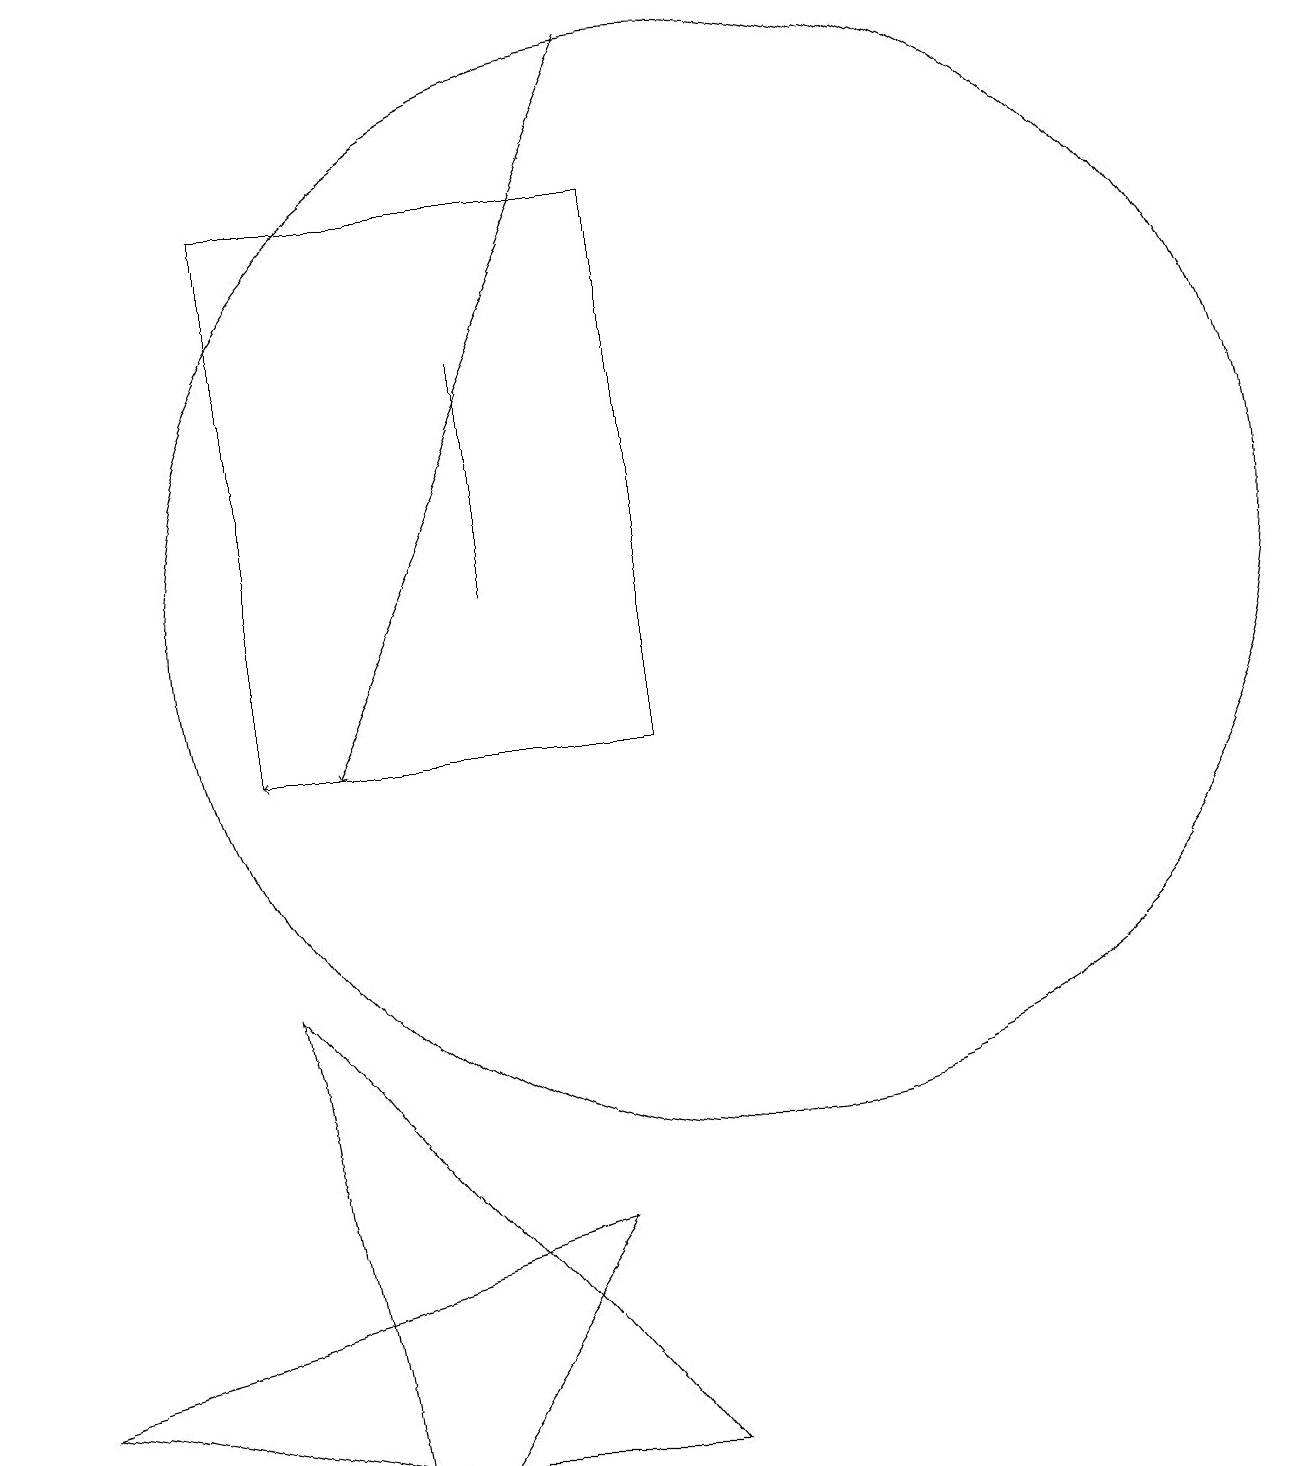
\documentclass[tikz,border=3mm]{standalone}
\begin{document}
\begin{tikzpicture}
\draw (10,12) circle (7);
\draw[->] (5,10) -- (4,10);
\draw (9,10) rectangle (4,17);
\draw (9,1) -- (4,7) -- (5,1) -- cycle;
\draw[->] (9,19) -- (5,10);
\draw (7,15) rectangle (7,12);
\draw (1,2) -- (6,1) -- (8,4) -- cycle;
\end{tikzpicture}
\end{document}